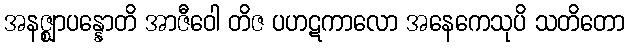
အနဇ္ဈာပန္နောတိ အာဇီဝေါ တိဇ ပဟဋကာလော အနေကေသုပိ သတိတော